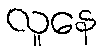
လူနေ